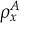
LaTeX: \rho _ { x } ^ { A }